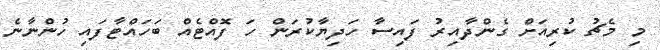
މި މެޗު ކުރިއަށް ގެންދާއިރު ފައިސާ ހަދިޔާކުރަން ހަ ފޮއްޓެއް ބަހައްޓާފައި ހުންނާނެ